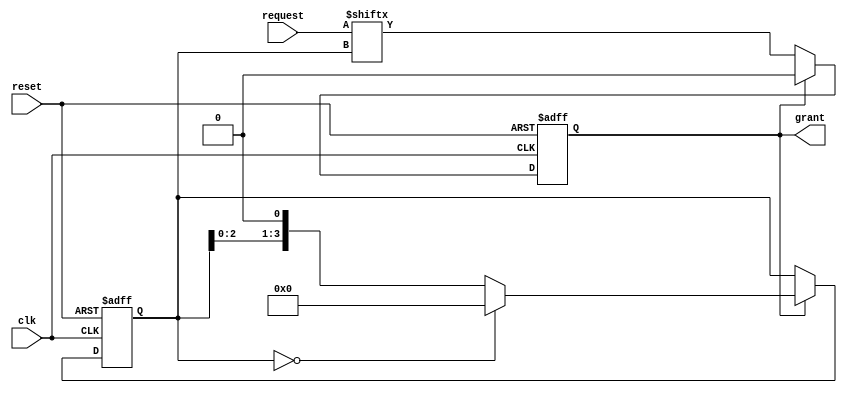
module round_robin_arbiter (
    input wire clk, // Clock signal
    input wire reset, // Reset signal
    input wire [N-1:0] request, // Input request signals
    output reg grant // Output grant signal
);

parameter N = 4; // Number of input requests
reg [N-1:0] priority; // Priority encoder to determine next request

always @(posedge clk or posedge reset) begin
    if (reset) begin
        priority <= N'b0;
        grant <= 1'b0;
    end else begin
        if (grant) begin
            priority <= (priority == N'b0) ? {N{1'b0}} : {priority[N-1:0], 1'b0};
            grant <= 1'b0;
        end else begin
            priority <= priority;
            grant <= request[priority];
        end
    end
end

endmodule